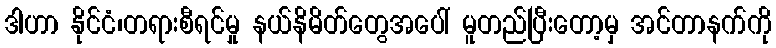
ဒါဟာ နိုင်ငံ၊တရားစီရင်မှု နယ်နိမိတ်တွေအပေါ် မူတည်ပြီးတော့မှ အင်တာနက်ကို